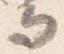
而